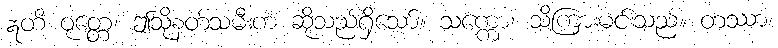
ဣတိ ဝုတ္တေ၊ ဤသို့နတ်သမီးက ဆိုသည်ရှိသော်။ သက္ကော၊ သိကြားမင်းသည်။ တဿာ၊